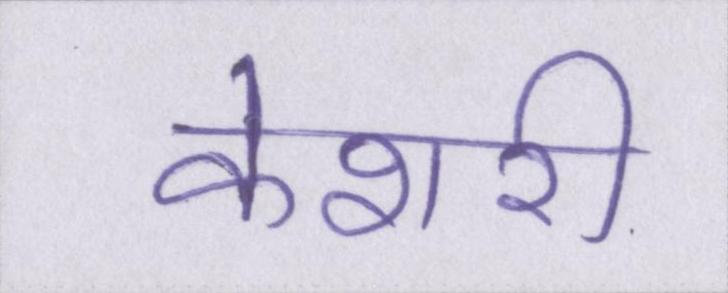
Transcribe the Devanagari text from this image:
केशरी